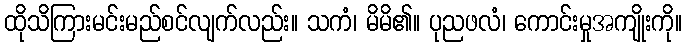
ထိုသိကြားမင်းမည်စင်လျက်လည်း။ သကံ၊ မိမိ၏။ ပုညဖလံ၊ ကောင်းမှုအကျိုးကို။